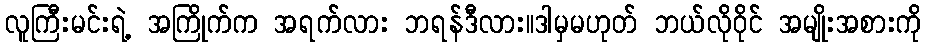
လူကြီးမင်းရဲ့ အကြိုက်က အရက်လား ဘရန်ဒီလား။ဒါမှမဟုတ် ဘယ်လိုဝိုင် အမျိုးအစားကို